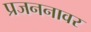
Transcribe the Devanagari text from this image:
प्रजननावर